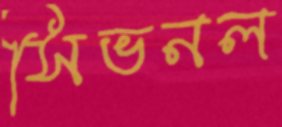
সিভনল